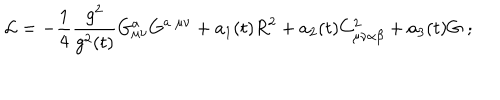
{ \cal L } = - \frac { 1 } { 4 } \frac { g ^ { 2 } } { g ^ { 2 } ( t ) } G _ { \mu \nu } ^ { a } G ^ { a \; \mu \nu } + a _ { 1 } ( t ) R ^ { 2 } + a _ { 2 } ( t ) C _ { \mu \nu \alpha \beta } ^ { 2 } + a _ { 3 } ( t ) G \; ;